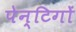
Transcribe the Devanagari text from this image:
पेन्टिगों